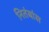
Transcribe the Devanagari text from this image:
नितंबांस